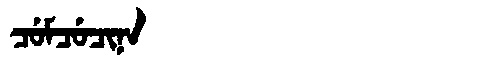
Manchu: ᠴᡠᠮᠴᡠᠴᡳᠨᠠ
Romanization: CUMCUCINA